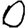
Digit: 0